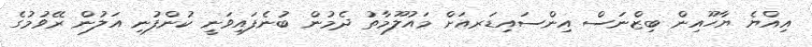
އިއްޔެ ޔާހޫއިން ބިޒްނަސް އިންސައިޑަރއަށް މައުލޫމާތު ދެމުން ބުނެފައިވަނީ ކުންފުނި އަލުން ރޭވުމުގެ